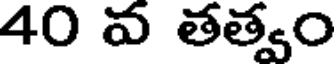
40 వ తత్వం